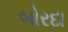
બોરદા